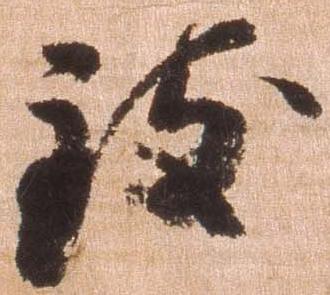
致